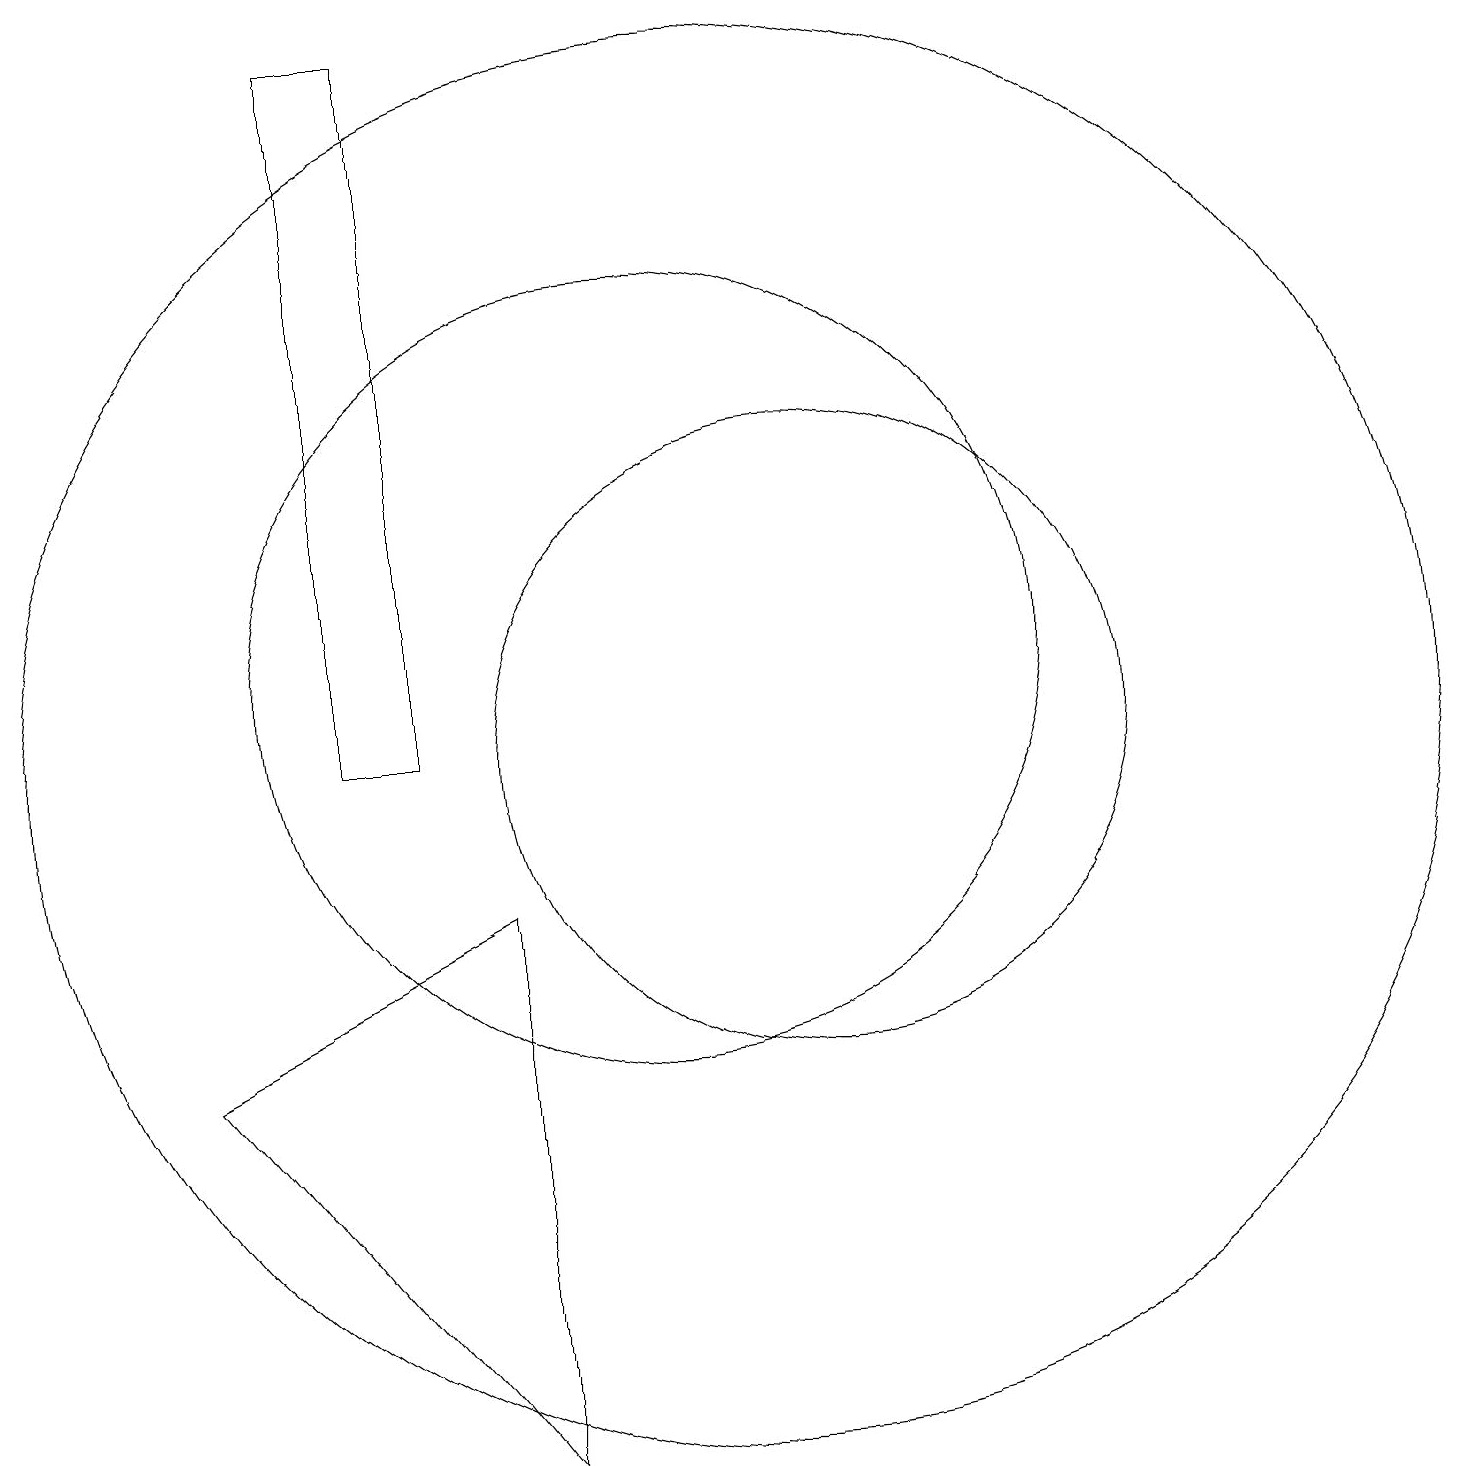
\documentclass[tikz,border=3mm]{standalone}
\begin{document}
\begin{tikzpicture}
\draw (11,10) circle (9);
\draw (10,11) circle (5);
\draw (12,10) circle (4);
\draw (6,10) rectangle (7,19);
\draw (8,1) -- (8,8) -- (4,6) -- cycle;
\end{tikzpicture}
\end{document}